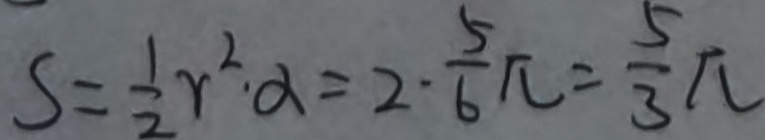
S = \frac { 1 } { 2 } r ^ { 2 } \cdot \alpha = 2 \cdot \frac { 5 } { 6 } \pi = \frac { 5 } { 3 } \pi